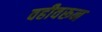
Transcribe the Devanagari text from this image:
वहीवरून